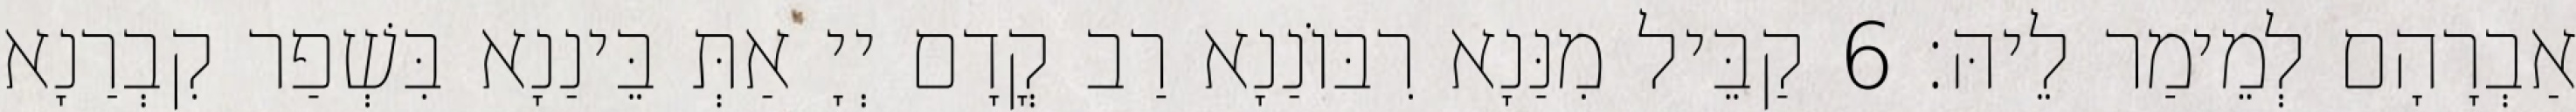
אַבְרָהָם לְמֵימַר לֵיהּ׃ 6 קַבֵּיל מִנַּנָא רִבּוֹנַנָא רַב קֳדָם יְיָ אַתְּ בֵּינַנָא בִּשְׁפַר קִבְרַנָא